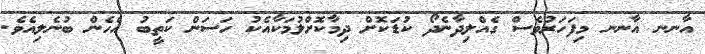
އާނނ އާނނ މިފަހަރުވެސް ގެއްލިދާނެދޯ ކުޑަކޮށް ދިމާކޮށްލުމަކާއެކު ހަސަން ކަތީބު އެހެން ބުނެލިއެވެ.